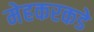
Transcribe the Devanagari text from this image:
मेहकरकडे